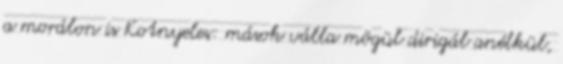
a morálon is Kotnyeles: mások válla mögül dirigál anélkül,